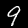
Label: 9